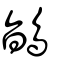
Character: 鴲